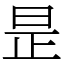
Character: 昰